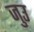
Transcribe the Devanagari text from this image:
जुउ